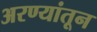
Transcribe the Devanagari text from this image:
अरण्यांतून